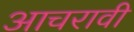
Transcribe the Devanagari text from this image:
आचरावी